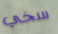
سخي